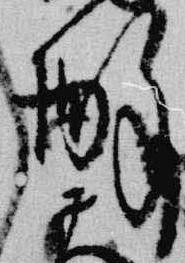
酔